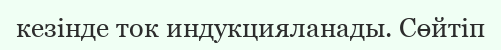
кезінде ток индукцияланады. Сөйтіп